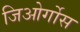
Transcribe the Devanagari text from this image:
जिओर्गोस